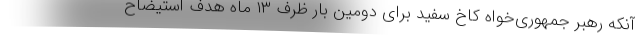
آنکه رهبر جمهوری‌خواه کاخ سفید برای دومین بار ظرف ۱۳ ماه هدف استیضاح